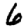
Digit: 6